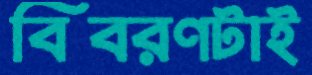
বিবরণটাই